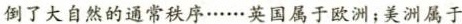
倒了大自然的通常秩序……英国属于欧洲；美洲属于